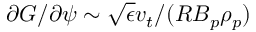
\partial G / \partial \psi \sim \sqrt { \epsilon } v _ { t } / ( R B _ { p } \rho _ { p } )